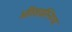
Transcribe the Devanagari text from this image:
अतिशयस्निग्ध